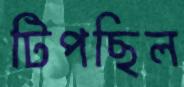
টিপছিল